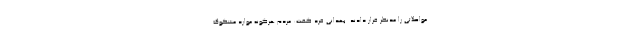
مواصلاتی را مدنظر قرار دادند. بهدانی فرد گفت: مردم هرگونه موارد مشکوک